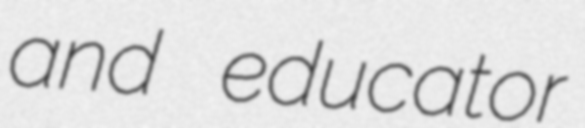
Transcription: and educator